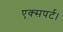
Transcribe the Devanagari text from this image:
एक्सपर्ट।